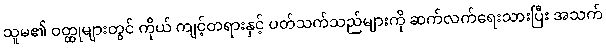
သူမ၏ ဝတ္ထုများတွင် ကိုယ် ကျင့်တရားနှင့် ပတ်သက်သည်များကို ဆက်လက်ရေးသားပြီး အသက်